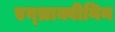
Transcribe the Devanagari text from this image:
एन्थ्राक्वीनिन